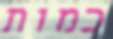
כמות